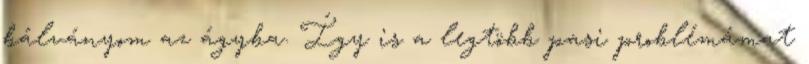
bálványom az ágyba. Így is a legtöbb pasi problémámat